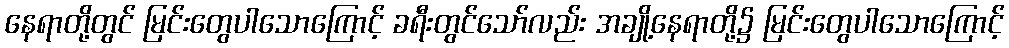
နေရာတို့တွင် မြင်းတွေပါသောကြောင့် ခရီးတွင်သော်လည်း အချို့နေရာတို့၌ မြင်းတွေပါသောကြောင့်